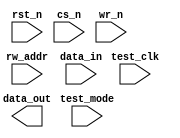
////////////////////////////////////////////////////////////////////////////////
//
//       This confidential and proprietary software may be used only
//     as authorized by a licensing agreement from Synopsys Inc.
//     In the event of publication, the following notice is applicable:
//
//                    (C) COPYRIGHT 1999 - 2018 SYNOPSYS INC.
//                           ALL RIGHTS RESERVED
//
//       The entire notice above must be reproduced on all authorized
//     copies.
//
//
// VERSION:   Simulation Architecture
//
// DesignWare_version: 62675e59
// DesignWare_release: O-2018.06-DWBB_201806.3
//
////////////////////////////////////////////////////////////////////////////////
//----------------------------------------------------------------------
// ABSTRACT:  Asynchronous single port RAM (Flip-Flop Based)
//            Depth parameter: depth             [ 2 to 256 ]
//            Data width parameter: data_width   [ 1 to 256 ]
//            Reset (active low): rst_n
//            Chip select (active low): cs_n
//            Write enable (active low): wr_n
//	      Test enable (active high): test_mode
//            Test clock: test_clk
//            Read Write Address: rw_addr[addr_width-1:0]
//            Input data: data_in[data_width-1:0]
//            Output data : data_out[data_width-1:0]
//
//	MODIFIED:
//		100599	Jay Zhu		Rewrote for STAR91151/STAR93158
//              10/18/00  RPH       Rewrote accoding to new guidelines 
//                                  STAR 111067   
//              2/18/09   RJK       Corrected default value for rst_mode
//				    STAR 9000294457
//              9/10/14   RJK       Eliminated common async and sync reset coding
//				    style to support VCS NLP
//----------------------------------------------------------------------

  module DW_ram_rw_a_dff (rst_n, cs_n, wr_n, test_mode, test_clk,
			  rw_addr, data_in, data_out);

   parameter integer data_width = 4;
   parameter integer depth = 8;
   parameter integer rst_mode = 1;

`define DW_addr_width ((depth>16)?((depth>64)?((depth>128)?8:7):((depth>32)?6:5)):((depth>4)?((depth>8)?4:3):((depth>2)?2:1)))

   input     rst_n;
   input     cs_n;
   input     wr_n;
   input     test_mode;
   input     test_clk;
   input [`DW_addr_width-1:0] rw_addr;
   input [data_width-1:0]  data_in;

   output [data_width-1:0] data_out;

   // synopsys translate_off

   wire [data_width-1:0]   data_in;
   wire [data_width-1:0]   data_in_int;
   reg [data_width-1:0]    next_mem [depth-1:0];
   reg [data_width-1:0]    mem [depth-1:0];
   
   integer 		   i;
   wire 		   clk_int;   
   
   function	any_unknown;
      input[`DW_addr_width-1:0] addr;
      integer	bit_idx;
      begin
	 any_unknown = 1'b0;

	 for (bit_idx = `DW_addr_width-1;
	      bit_idx >= 0 && any_unknown === 1'b0;
	      bit_idx=bit_idx-1)
	 begin
	    if (addr[bit_idx] !== 1'b0 && addr[bit_idx] !== 1'b1)
	      begin
		 any_unknown = 1'b1;
	      end
	 end

      end
   endfunction



  
 
  initial begin : parameter_check
    integer param_err_flg;

    param_err_flg = 0;
    
	    
  
    if ( (data_width < 1) || (data_width > 256) ) begin
      param_err_flg = 1;
      $display(
	"ERROR: %m :\n  Invalid value (%d) for parameter data_width (legal range: 1 to 256)",
	data_width );
    end
  
    if ( (depth < 2) || (depth > 256 ) ) begin
      param_err_flg = 1;
      $display(
	"ERROR: %m :\n  Invalid value (%d) for parameter depth (legal range: 2 to 256 )",
	depth );
    end
  
    if ( (rst_mode < 0) || (rst_mode > 1 ) ) begin
      param_err_flg = 1;
      $display(
	"ERROR: %m :\n  Invalid value (%d) for parameter rst_mode (legal range: 0 to 1 )",
	rst_mode );
    end


  
    if ( param_err_flg == 1) begin
      $display(
        "%m :\n  Simulation aborted due to invalid parameter value(s)");
      $finish;
    end

  end // parameter_check 

    
  assign clk_int = (test_mode === 1'b0) ?  
		   (cs_n |wr_n) : (test_mode & test_clk);
  assign data_out = (rw_addr < depth && cs_n === 1'b0) ? 
		     (any_unknown(rw_addr) ? 
		      {data_width{1'bx}} : mem[rw_addr]) : {data_width{1'b0}};
   
   assign data_in_int = (any_unknown(data_in)) ? {data_width{1'bx}} : data_in;
   
   
   always @(cs_n or test_mode or rw_addr or data_in_int or rst_n)
     begin : mk_mem
	if (test_mode === 1'b0) begin
	   if (cs_n === 1'b0) begin
	      if (any_unknown(rw_addr) == 1'b1) begin
		 for (i = 0; i < depth; i = i + 1) begin
		    next_mem[i] = {data_width{1'bx}};
		 end 
	      end
	      else begin
		for (i = 0; i < depth; i = i + 1) begin
		   if ( i == rw_addr)
		     next_mem[rw_addr] = data_in_int;
		   else
		     next_mem[i] = mem[i];
		end	
	      end // else: !if(any_unknown(rw_addr) == 1'b1)
	   end // if (cs_n === 1'b0)
	   else if (cs_n === 1'b1) begin
	      // do nothing
	   end
	   else begin
	      if (any_unknown(rw_addr) == 1'b1) begin
		 for (i = 0; i < depth; i = i + 1) begin
		    next_mem[i] = {data_width{1'bx}};
		 end 
	      end
	      else begin
		 for (i = 0; i < depth; i = i + 1) begin
		    if ( i == rw_addr)
		      next_mem[rw_addr] = {data_width{1'bx}};
		    else
		      next_mem[i] = mem[i];
		 end	
	      end // else: !if(any_unknown(rw_addr) == 1'b1)
	   end // if (test_mode === 1'b0)
	end // if (test_mode === 1'b0)
	else if (test_mode === 1'b1) begin
	   for (i = 0; i < depth; i = i + 1) begin
	      next_mem[i] = data_in_int;
	   end
	end
	else begin
	   for (i = 0; i < depth; i = i + 1) begin
	      next_mem[i] = {data_width{1'bx}};
	   end
	end // if (cs_n === 1'b0)
     end // block: mk_mem
   
generate
  if (rst_mode == 0) begin : GEN_RM_EQ_0
   always @ (posedge clk_int or negedge rst_n)
     begin : ar_registers
	if (rst_n === 1'b0 ) begin
	   for (i = 0; i < depth; i = i + 1) begin
	      mem[i] <= {data_width{1'b0}};
           end
	end // if (rst_n === 1'b0 )
	else if (rst_n === 1'b1) begin
	   for (i = 0; i < depth; i = i + 1) begin
              mem[i] <= next_mem[i];
           end 
	end 
	else begin
	   for (i = 0; i < depth; i = i + 1) begin
              mem[i] <= {data_width{1'bX}};
           end 
	end
     end // block: write
  end else begin : GEN_RM_NE_0
   always @ (posedge clk_int)
     begin : nr_registers_PROC
       for (i = 0; i < depth; i = i + 1) begin
	  mem[i] <= next_mem[i];
       end 
     end // nr_registers_PROC
  end
endgenerate
   
    
  always @ (clk_int) begin : clk_monitor 
    if ( (clk_int !== 1'b0) && (clk_int !== 1'b1) && ($time > 0) )
      $display( "WARNING: %m :\n  at time = %t, detected unknown value, %b, on clk_int input.",
                $time, clk_int );
    end // clk_monitor 

// synopsys translate_on
`undef DW_addr_width
endmodule // DW_ram_rw_a_dff